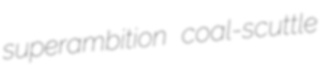
superambition coal-scuttle